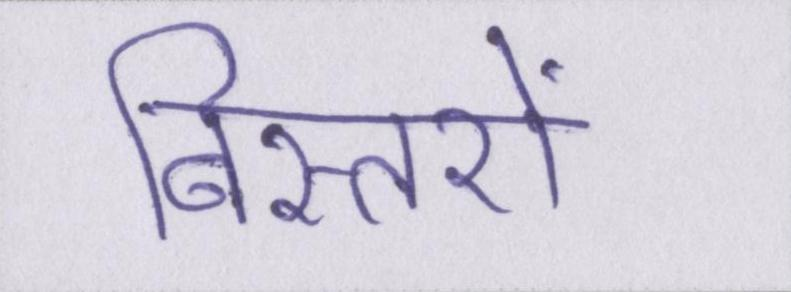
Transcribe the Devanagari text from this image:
बिस्तरों